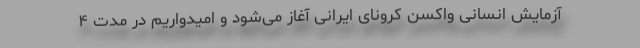
آزمایش انسانی واکسن کرونای ایرانی آغاز می‌شود و امیدواریم در مدت ۴